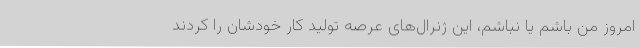
امروز من باشم یا نباشم، این ژنرال‌های عرصه تولید کار خودشان را کردند